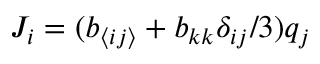
J _ { i } = ( b _ { \langle i j \rangle } + b _ { k k } \delta _ { i j } / 3 ) q _ { j }